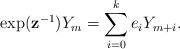
\begin{align*}\exp(\mathbf{z}^{-1})Y_m=\sum^k_{i=0}e_iY_{m+i}.\end{align*}